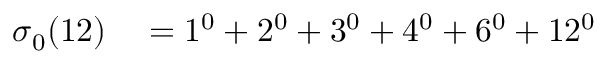
\begin{array} { r l } { \sigma _ { 0 } ( 1 2 ) } & { { } = 1 ^ { 0 } + 2 ^ { 0 } + 3 ^ { 0 } + 4 ^ { 0 } + 6 ^ { 0 } + 1 2 ^ { 0 } } \end{array}